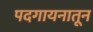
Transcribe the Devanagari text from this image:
पदगायनातून